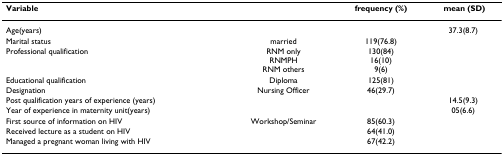
| Variable |  | frequency (%) | mean (SD) |
 | --- | --- | --- | --- |
 | Age(years) |  |  | 37.3(8.7) |
 | Marital status | married | 119(76.8) |  |
 | Professional qualification | RNM onlyRNMPHRNM others | 130(84)16(10)9(6) |  |
 | Educational qualification | Diploma | 125(81) |  |
 | Designation | Nursing Officer | 46(29.7) |  |
 | Post qualification years of experience (years) |  |  | 14.5(9.3) |
 | Year of experience in maternity unit(years) |  |  | 05(6.6) |
 | First source of information on HIV | Workshop/Seminar | 85(60.3) |  |
 | Received lecture as a student on HIV |  | 64(41.0) |  |
 | Managed a pregnant woman living with HIV |  | 67(42.2) |  |